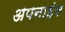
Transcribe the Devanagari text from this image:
अपनाइंस